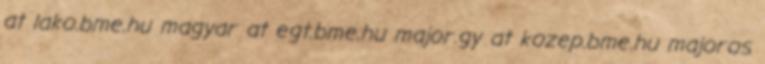
at lako.bme.hu magyar at egt.bme.hu major.gy at kozep.bme.hu majoros